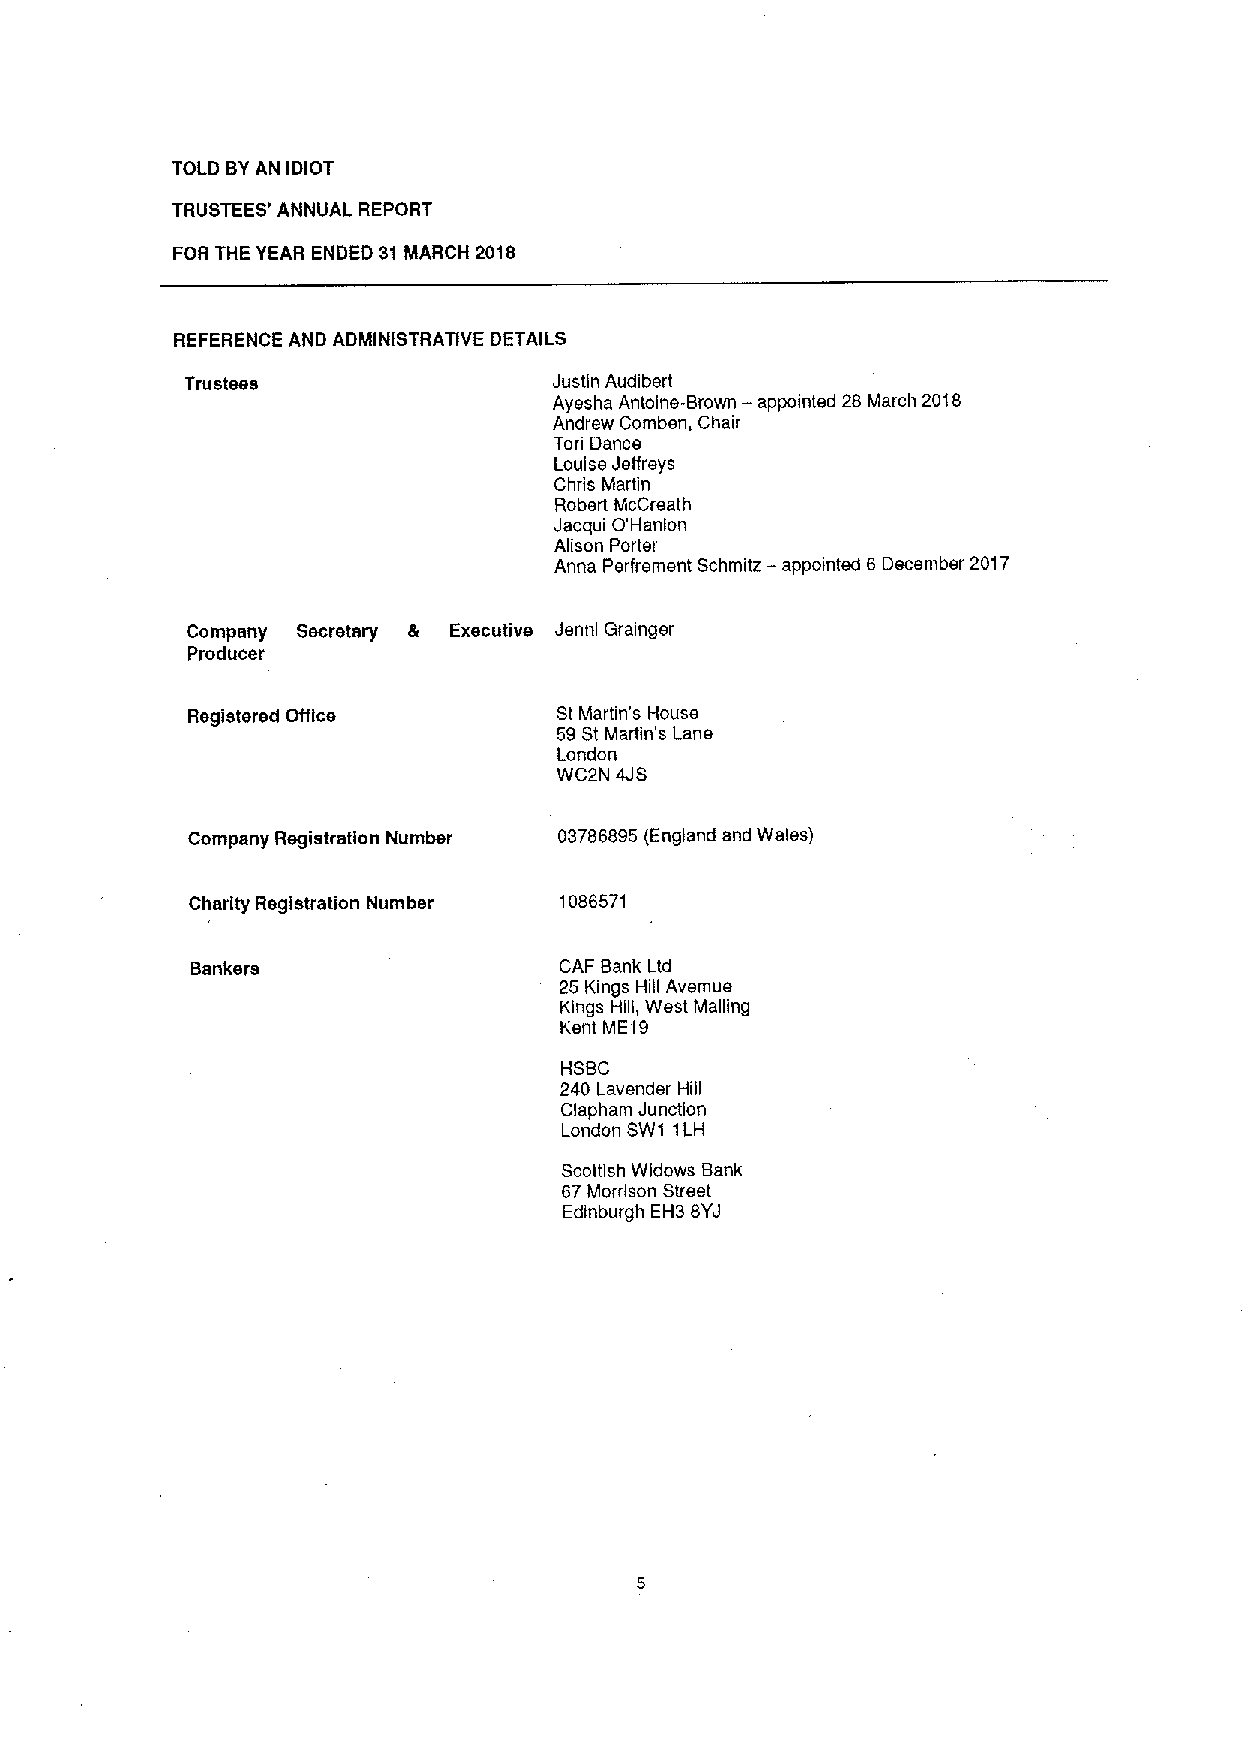
TOLD BYAN IDIOT
 TRUSTEES' ANNUAL REPORT
 FOR THE YEAR ENDED 31 MARCH 2018
 REFERENCE AND ADMINISTRATIVE DETAILS
 Trustees                 Justin Audibert
 Ayesha Antoine-Brown — appointed 28 March 2018
 Andrew Comben, Chair
 Tori Dance
 Louise Jeffreys
 Chris Martin
 Robert McCreath
 Jacqui O'Hanlon
 Alison Porter
 Anna Perfrement Schmitz —appointed 6 December 2017
 Company Secretary & Executive Jennl Grainger
 Producer
 Registered Office        St Martin's House
 59St Martin's Lane
 London
 WC2N 4JS
 Company Registration Number 03786895(England and Wales)
 Charity Registration Number 1086571
 Bankers                 CAF Bank Ltd
 25 Kings Hill Avemue
 Kings Hill, West Mailing
 Kent ME 9
 I
 HSBC
 240 Lavender Hill
 Clapham Junction
 London SW1 1LH
 Scottish Widows Bank
 67Morrison Street
 Edinburgh EH3 8YJ